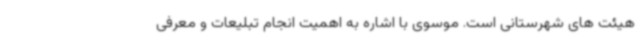
هیئت های شهرستانی است. موسوی با اشاره به اهمیت انجام تبلیعات و معرفی